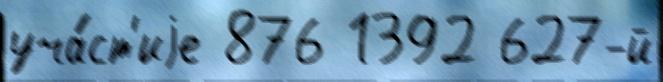
уча́ст'иjе 876 1392 627-й